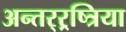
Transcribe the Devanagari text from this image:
अन्तर्‍र्रष्त्रिया